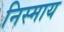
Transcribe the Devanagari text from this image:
निस्माय